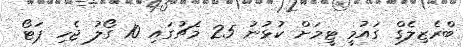
ބްރެޒިލެގް ގައުމީ ޓީމަށް ކުޅުނު 25 މެޗުގައި 10 ގޯލު ޖެހި ޕަޓޯ